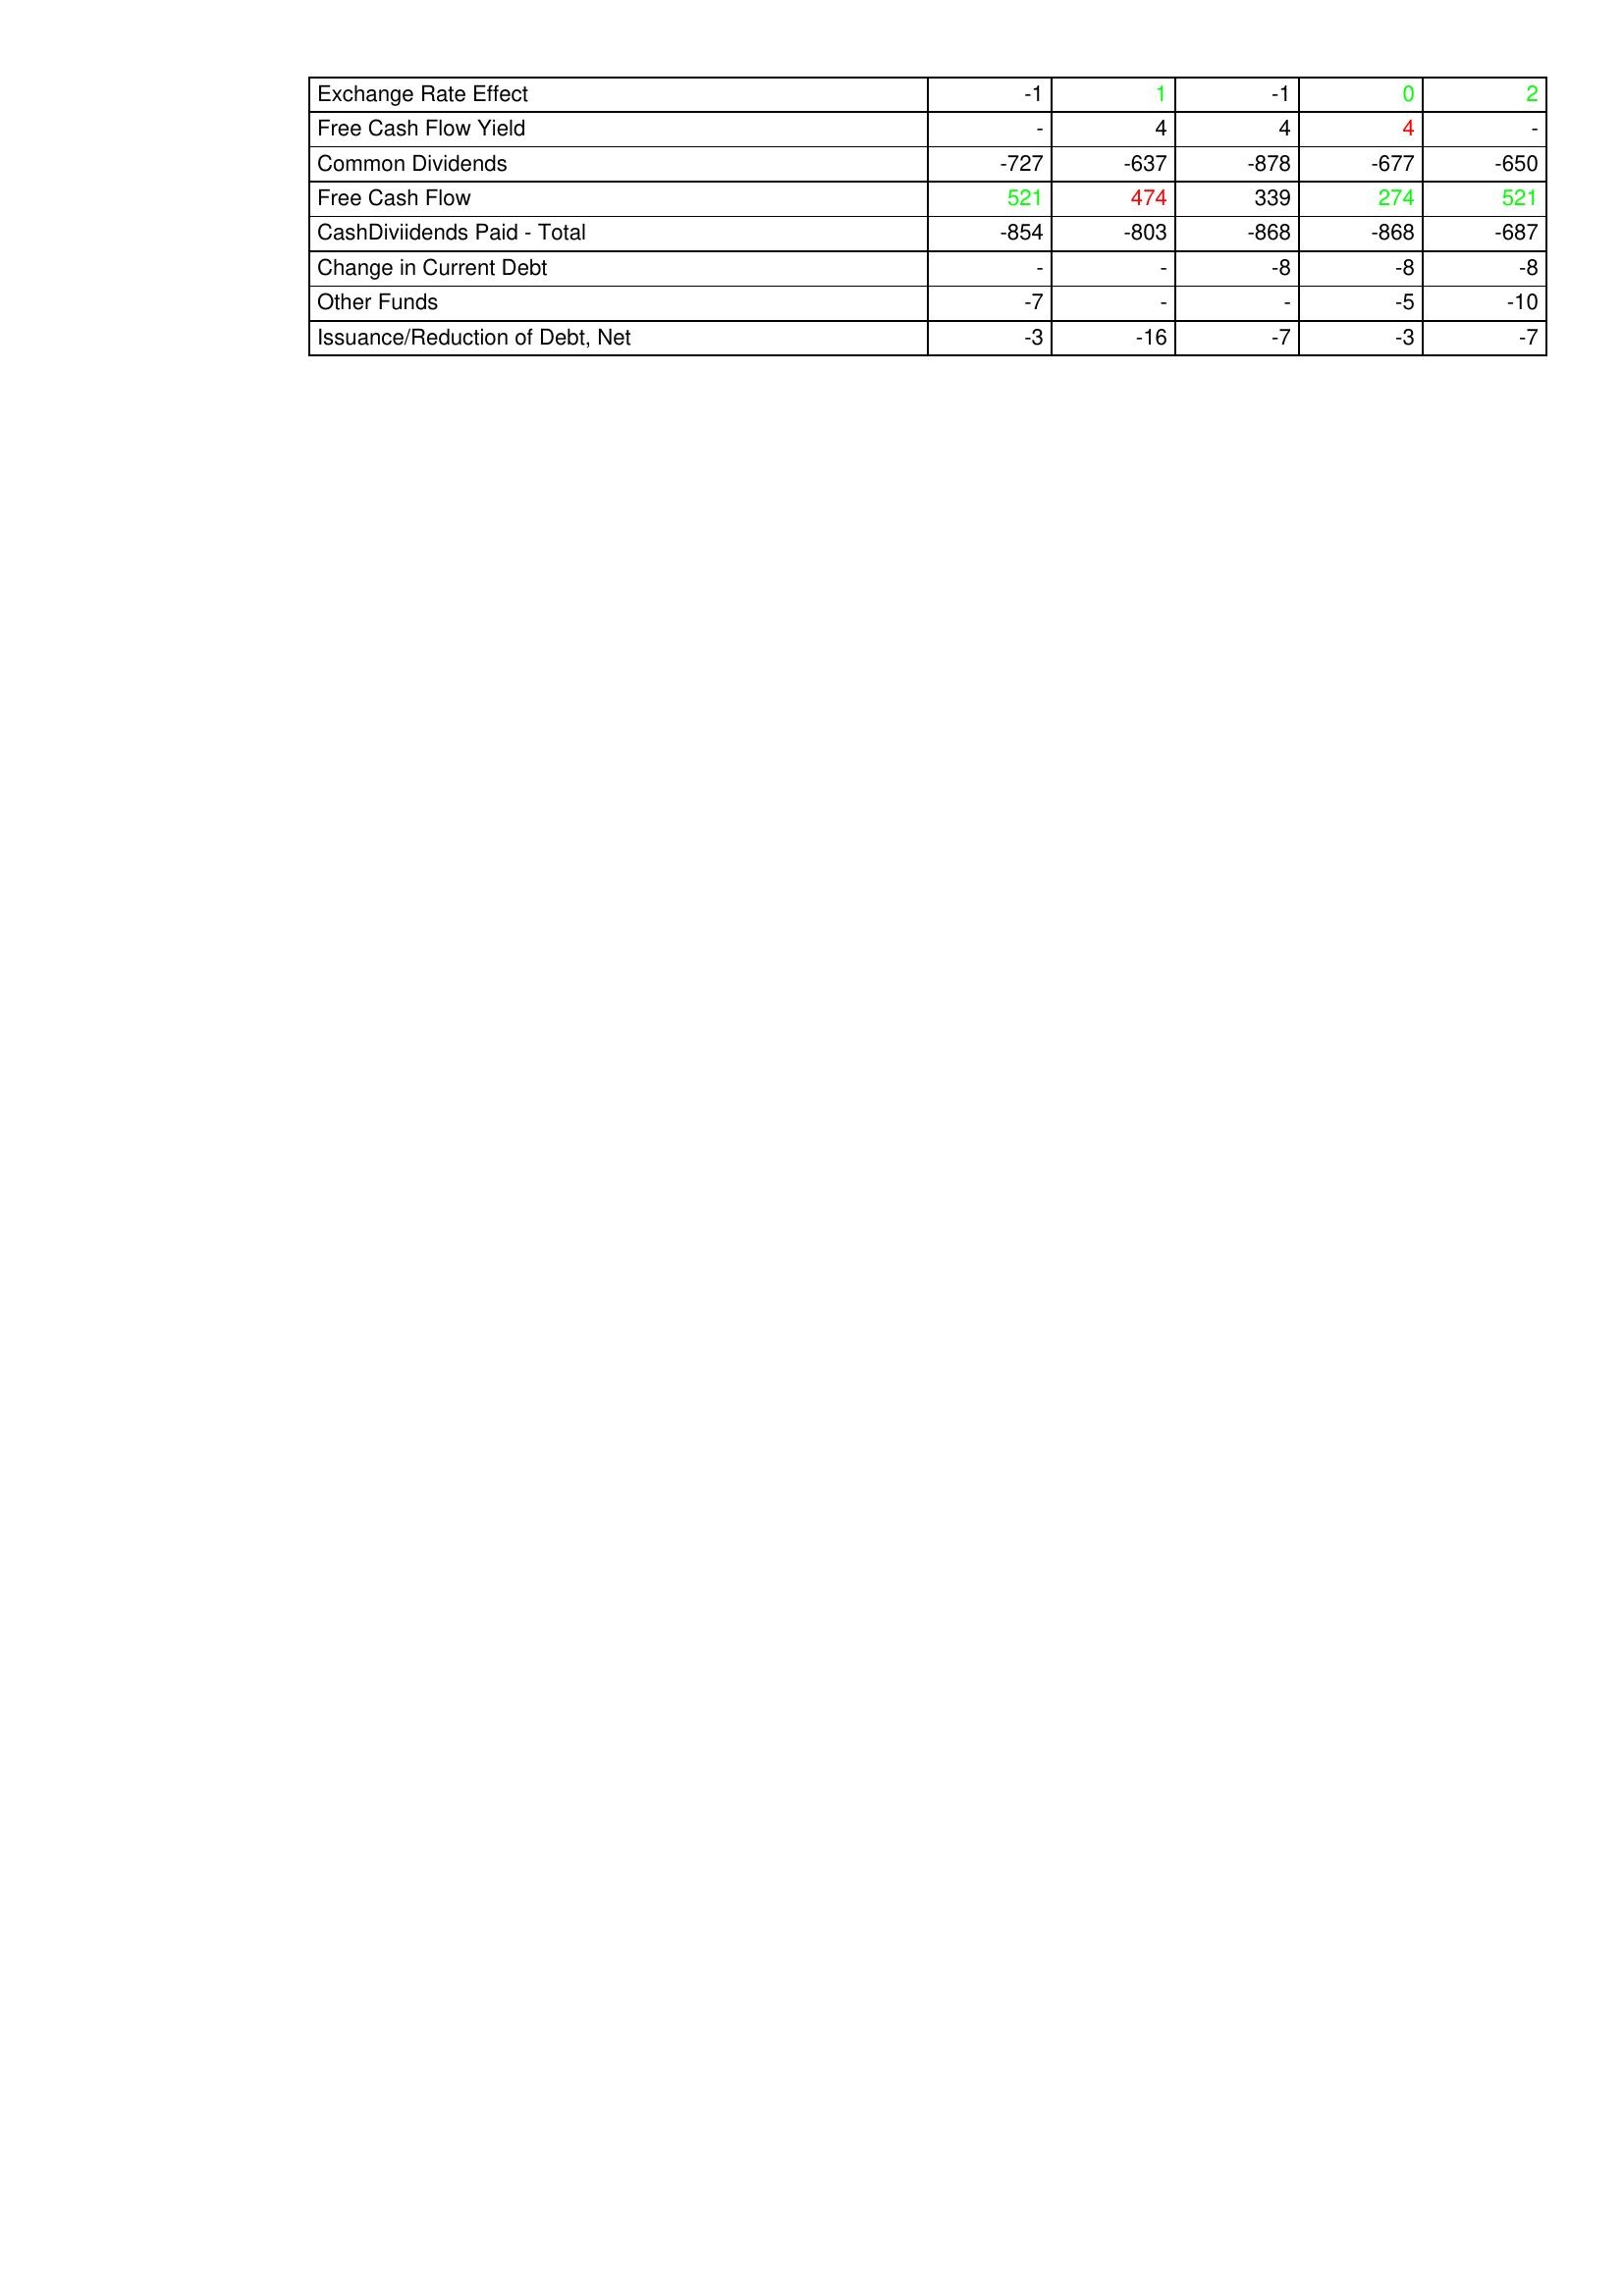
gt_parse: 2006: Financing Activities: Exchange Rate Effect: -1
Free Cash Flow Yield: -
Common Dividends: -727
Free Cash Flow: 521
CashDiviidends Paid - Total: -854
Change in Current Debt: -
Other Funds: -7
Issuance/Reduction of Debt, Net: -3
2007: Financing Activities: Exchange Rate Effect: 1
Free Cash Flow Yield: 4
Common Dividends: -637
Free Cash Flow: 474
CashDiviidends Paid - Total: -803
Change in Current Debt: -
Other Funds: -
Issuance/Reduction of Debt, Net: -16
2008: Financing Activities: Exchange Rate Effect: -1
Free Cash Flow Yield: 4
Common Dividends: -878
Free Cash Flow: 339
CashDiviidends Paid - Total: -868
Change in Current Debt: -8
Other Funds: -
Issuance/Reduction of Debt, Net: -7
2009: Financing Activities: Exchange Rate Effect: 0
Free Cash Flow Yield: 4
Common Dividends: -677
Free Cash Flow: 274
CashDiviidends Paid - Total: -868
Change in Current Debt: -8
Other Funds: -5
Issuance/Reduction of Debt, Net: -3
2010: Financing Activities: Exchange Rate Effect: 2
Free Cash Flow Yield: -
Common Dividends: -650
Free Cash Flow: 521
CashDiviidends Paid - Total: -687
Change in Current Debt: -8
Other Funds: -10
Issuance/Reduction of Debt, Net: -7